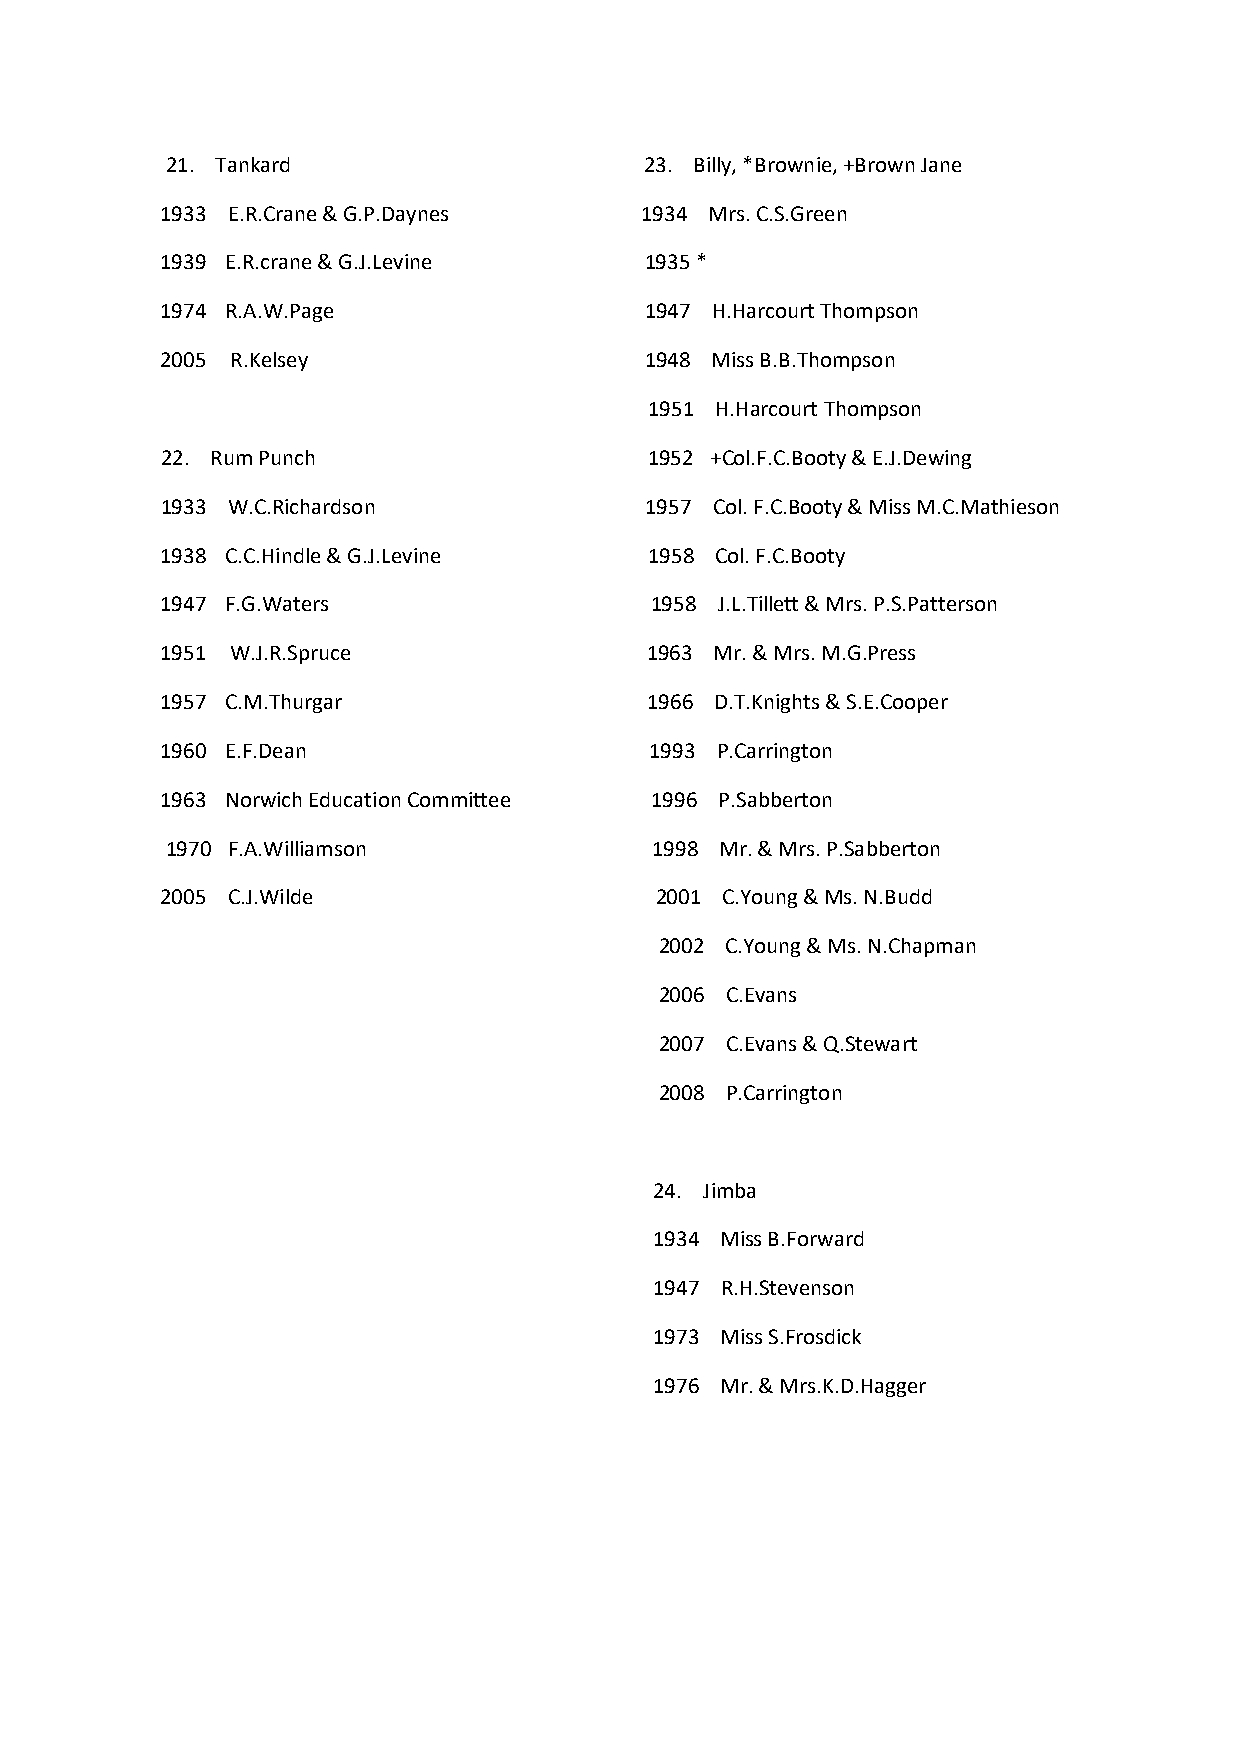
21. Tankard                     23. Billy, *Brownie, +Brown Jane
 1933 E.R.Crane & G.P.Daynes    1934 Mrs. C.S.Green
 1939 E.R.crane & G.J.Levine     1935 *
 1974 R.A.W.Page                 1947 H.Harcourt Thompson
 2005 R.Kelsey                   1948 Miss B.B.Thompson
 1951 H.Harcourt Thompson
 22. Rum Punch                   1952 +Col.F.C.Booty & E.J.Dewing
 1933 W.C.Richardson             1957 Col. F.C.Booty & Miss M.C.Mathieson
 1938 C.C.Hindle & G.J.Levine    1958 Col. F.C.Booty
 1947 F.G.Waters                 1958 J.L.Tillett & Mrs. P.S.Patterson
 1951 W.J.R.Spruce               1963 Mr. & Mrs. M.G.Press
 1957 C.M.Thurgar                1966 D.T.Knights & S.E.Cooper
 1960 E.F.Dean                   1993 P.Carrington
 1963 Norwich Education Committee 1996 P.Sabberton
 1970 F.A.Williamson             1998 Mr. & Mrs. P.Sabberton
 2005 C.J.Wilde                  2001 C.Young & Ms. N.Budd
 2002 C.Young & Ms. N.Chapman
 2006 C.Evans
 2007 C.Evans & Q.Stewart
 2008 P.Carrington
 24. Jimba
 1934 Miss B.Forward
 1947 R.H.Stevenson
 1973 Miss S.Frosdick
 1976 Mr. & Mrs.K.D.Hagger